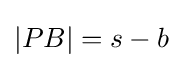
|PB|=s-b